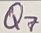
Text: Q7